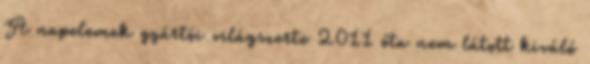
A napelemek gyártói világszerte 2011 óta nem látott kiváló